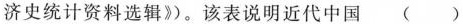
济史统计资料选辑》。该表说明近代中国 ( )